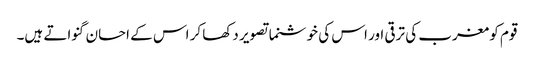
قوم کو مغرب کی ترقی اور اس کی خوشنما تصویر دکھا کر اس کے احسان گنواتے ہیں۔